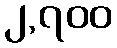
၂,၇၀၀